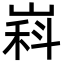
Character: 嵙